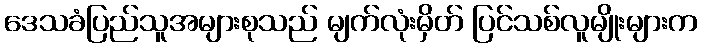
ဒေသခံပြည်သူအများစုသည် မျက်လုံးမှိတ် ပြင်သစ်လူမျိုးများက